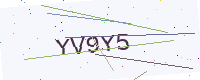
Text: YV9Y5